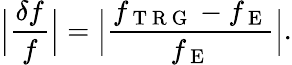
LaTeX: \Big\vert\frac{\delta f}{f}\Big\vert=\Big\vert\frac{f_{\mathrm{~T~R~G~}}-f_{\mathrm{~E~}}}{f_{\mathrm{~E~}}}\Big\vert.